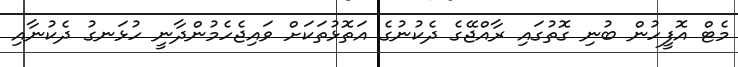
މެޓް އޮފީހުން ބުނި ގޮތުގައި ރާއްޖޭގެ ދެކުނުގެ އަތޮޅުތަކަށް ވައިޖެހެމުންދާނީ ހުޅަނގު ދެކުނާއި